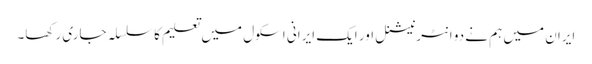
ایران میں ہم نے دو انٹرنیشنل اور ایک ایرانی اسکول میں تعلیم کا سلسلہ جاری رکھا۔